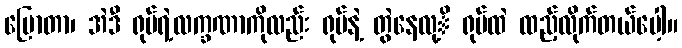
ပြောတာ၊ အဲဒီ ရုပ်ရဲ့လက္ခဏာကိုလည်း ရုပ်နဲ့ တွဲနေလု့ိ ရုပ်ထဲ ထည့်လိုက်တယ်ပေါ့။